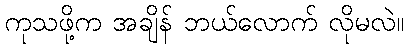
ကုသဖို့က အချိန် ဘယ်လောက် လိုမလဲ။